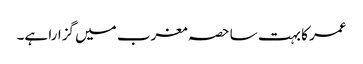
عمر کا بہت سا حصہ مغرب میں گزارا ہے۔